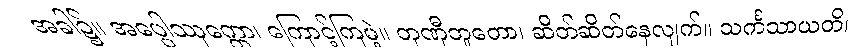
အခါ၌။ အပ္ပေါဿုက္ကော၊ ကြောင့်ကြမဲ့။ တုဏှီဘူတော၊ ဆိတ်ဆိတ်နေလျက်။ သင်္ကသာယတိ၊